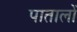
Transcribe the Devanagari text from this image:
पातालों